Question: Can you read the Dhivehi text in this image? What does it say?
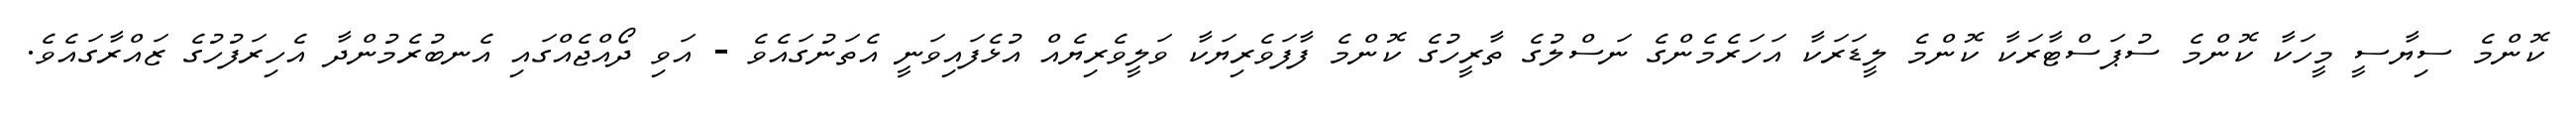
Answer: ކޮންމެ ސިޔާސީ މީހަކާ ކޮންމެ ސުޕަސްޓާރަކާ ކޮންމެ ލީޑަރަކާ އަހަރެމެންގެ ނަސްލުގެ ތާރީހުގެ ކޮންމެ ފާފަވެރިޔަކާ ވަލީވެރިޔެއް އުޅެފައިވަނީ އެތަނުގައެވެ - އަވި ދޯއްޖެއްގައި އެނބުރެމުންދާ އެހިރަފުހުގެ ޒައްރާގައެވެ.